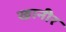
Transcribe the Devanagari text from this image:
खानीर